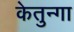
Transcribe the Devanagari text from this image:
केतुन्गा